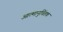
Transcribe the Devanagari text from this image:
आत्मानुचिंतक